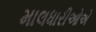
માલધારીઓએ